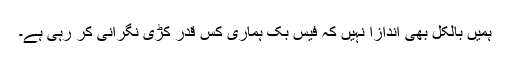
ہمیں بالکل بھی اندازا نہیں کہ فیس بک ہماری کس قدر کڑی نگرانی کر رہی ہے۔